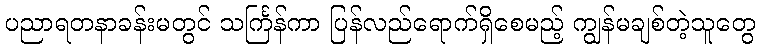
ပညာရတနာခန်းမတွင် သင်္ကြန်ကာ ပြန်လည်ရောက်ရှိစေမည့် ကျွန်မချစ်တဲ့သူတွေ